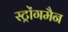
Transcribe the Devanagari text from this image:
स्ट्रोंगमैन